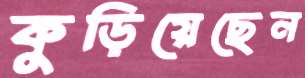
কুড়িয়েছেন